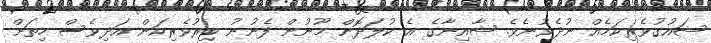
ޝައުގުވެރިކަމެއް ނުދެވުނެވެ. ޝާއިނާގެ އެ ކުލަދޮން މޫނުން ފެނުނު ބިރުވެރިކަން އަދިވެސް ހިތަށް